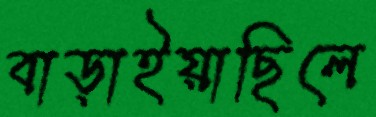
বাড়াইয়াছিলে